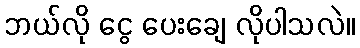
ဘယ်လို ငွေ ပေးချေ လိုပါသလဲ။